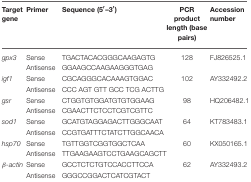
<table><thead><tr><td><b>Target gene</b></td><td><b>Primer</b></td><td><b>Sequence (5<sup>′</sup>–3<sup>′</sup>)</b></td><td><b>PCR product length (base pairs)</b></td><td><b>Accession number</b></td></tr></thead><tbody><tr><td><i>gpx3</i></td><td>Sense</td><td>TGACTACACGGGCAAGAGTG</td><td>128</td><td>FJ826525.1</td></tr><tr><td>[EMPTY_CELL]</td><td>Antisense</td><td>GGAAGCCAAGAAGGGTGAG</td><td>[EMPTY_CELL]</td><td>[EMPTY_CELL]</td></tr><tr><td><i>igf1</i></td><td>Sense</td><td>CGCAGGGCACAAAGTGGAC</td><td>102</td><td>AY332492.2</td></tr><tr><td>[EMPTY_CELL]</td><td>Antisense</td><td>CCC AGT GTT GCC TCG ACTTG</td><td>[EMPTY_CELL]</td><td>[EMPTY_CELL]</td></tr><tr><td><i>gsr</i></td><td>Sense</td><td>CTGGTGTGGATGTGTGGAAG</td><td>98</td><td>HQ206482.1</td></tr><tr><td>[EMPTY_CELL]</td><td>Antisense</td><td>CGAACTTCTCCTCGTCGTTC</td><td>[EMPTY_CELL]</td><td>[EMPTY_CELL]</td></tr><tr><td><i>sod1</i></td><td>Sense</td><td>GCATGTAGGAGACTTGGGCAAT</td><td>64</td><td>KT783483.1</td></tr><tr><td>[EMPTY_CELL]</td><td>Antisense</td><td>CCGTGATTTCTATCTTGGCAACA</td><td>[EMPTY_CELL]</td><td>[EMPTY_CELL]</td></tr><tr><td><i>hsp70</i></td><td>Sense</td><td>TGTTGGTCGGTGGCTCAA</td><td>60</td><td>KX050165.1</td></tr><tr><td>[EMPTY_CELL]</td><td>Antisense</td><td>TTGAAGAAGTCCTGAAGCAGCTT</td><td>[EMPTY_CELL]</td><td>[EMPTY_CELL]</td></tr><tr><td><i>β-actin</i></td><td>Sense</td><td>GCCTCTCTGTCCACCTTCCA</td><td>62</td><td>AY332493.2</td></tr><tr><td>[EMPTY_CELL]</td><td>Antisense</td><td>GGGCCGGACTCATCGTACT</td><td>[EMPTY_CELL]</td><td>[EMPTY_CELL]</td></tr></tbody></table>